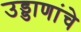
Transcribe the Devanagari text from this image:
उड्डाणांचे